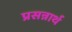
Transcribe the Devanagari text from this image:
प्रसन्नार्थ